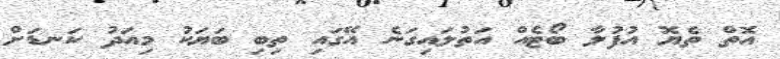
އޮތް ތެޔޮ އުފުލާ ބޯޓެއް އަތުލައިގަނެ އޭގައި ތިބި ބަޔަކު މިއަދު ކަނޑަށް